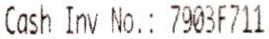
CASH INV NO.: 7903F711